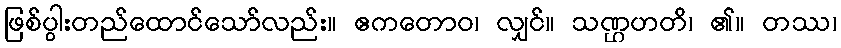
ဖြစ်ပွါးတည်ထောင်သော်လည်း။ ဧကတောဝ၊ လျှင်။ သဏ္ဌဟတိ၊ ၏။ တဿ၊